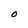
Character: O